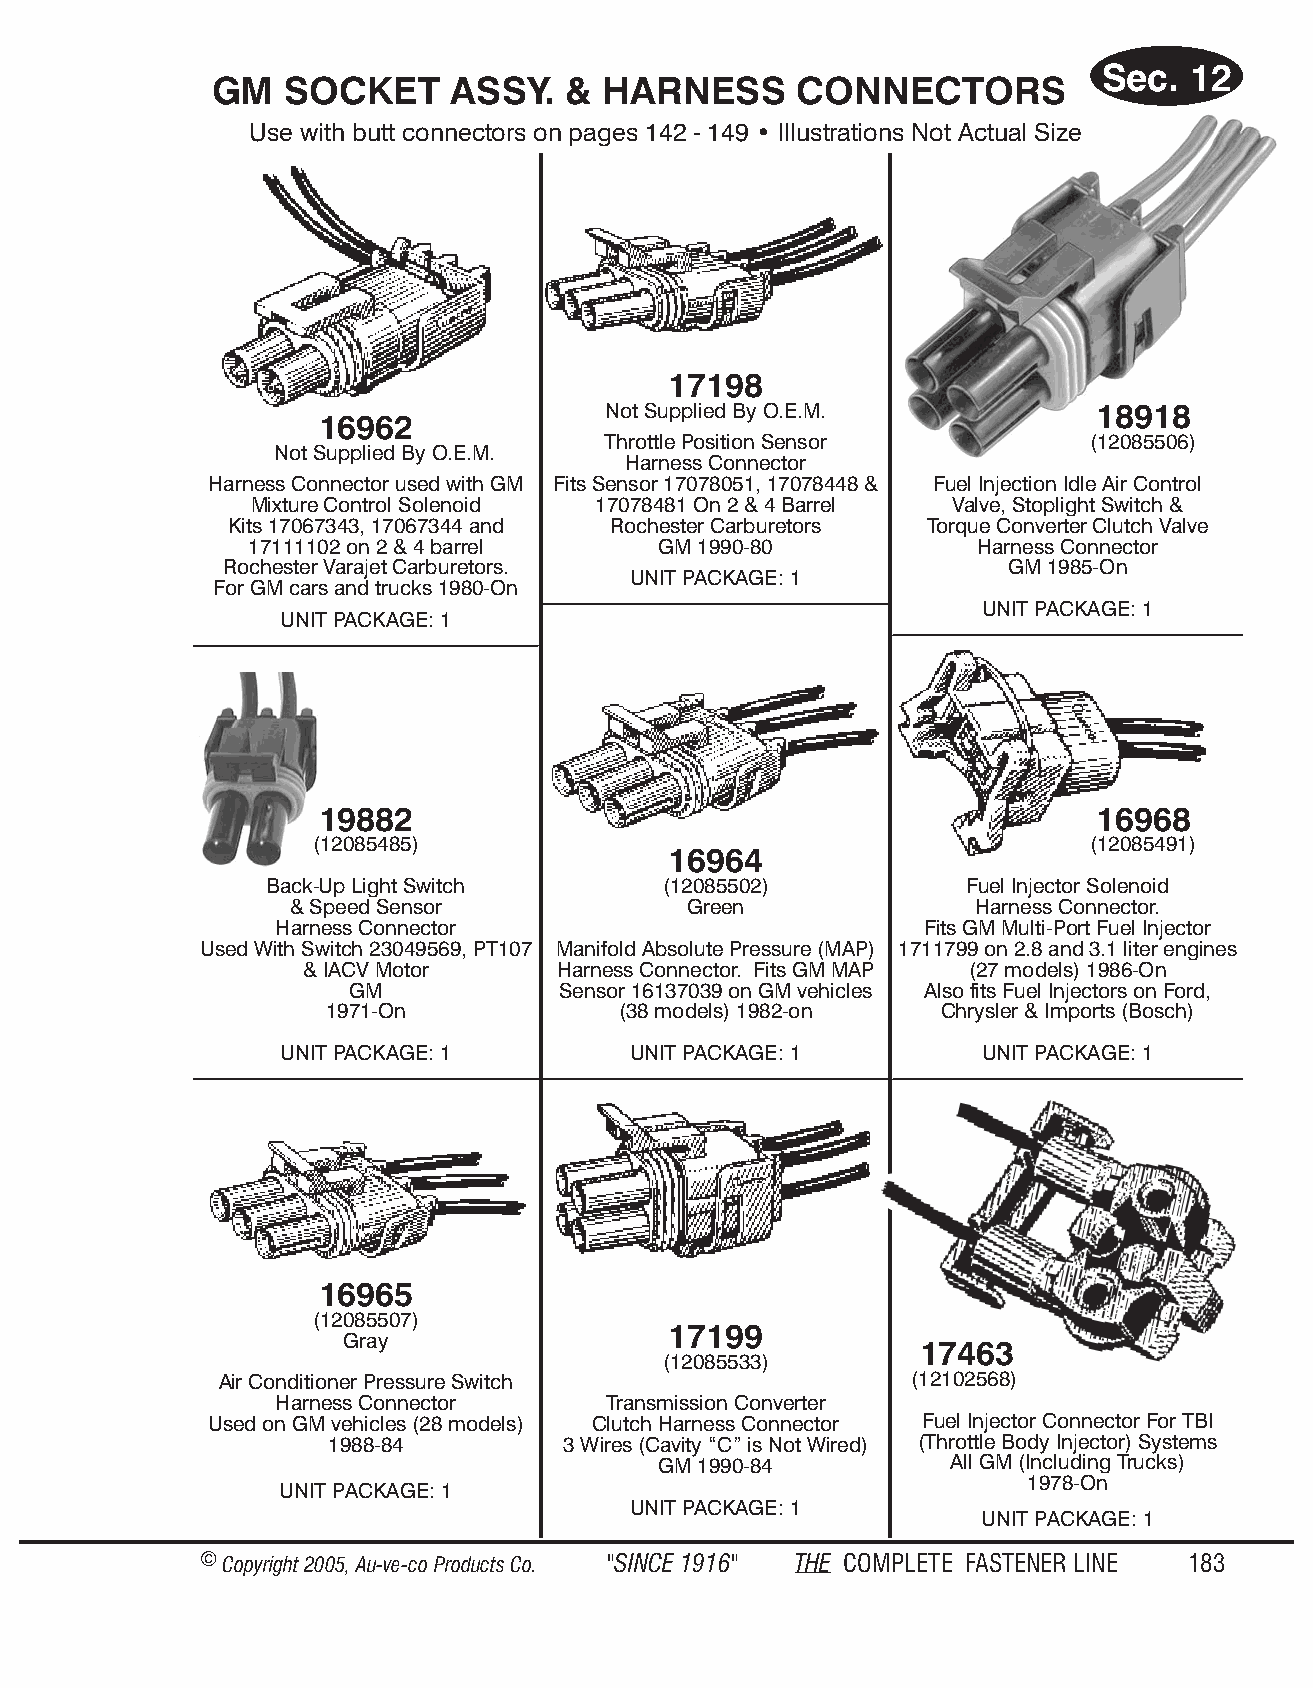
Sec.  12
 GM   SOCKET     ASSY.   & HAR  NESS    CON   NEC  TORS
 Use with butt con nec tors on pages 142 - 149 • Il lus tra tions Not Ac tual Size
 17198
 Not Supplied By O.E.M.           18918
 16962
 Throttle Position Sensor        (12085506)
 Not Supplied By O.E.M.
 Harness Connector
 Harness Connector used with GM Fits Sensor 17078051, 17078448 & Fuel Injection Idle Air Control
 Mixture Control Solenoid 17078481 On 2 & 4 Barrel Valve, Stoplight Switch &
 Kits 17067343, 17067344 and Rochester Carburetors Torque Converter Clutch Valve
 17111102 on 2 & 4 barrel   GM 1990-80           Harness Connector
 Rochester Varajet Carburetors.                      GM 1985-On
 UNIT PACKAGE: 1
 For GM cars and trucks 1980-On
 UNIT PACKAGE: 1
 UNIT PACKAGE: 1
 19882                                               16968
 (12085485)                                         (12085491)
 16964
 Back-Up Light Switch      (12085502)          Fuel Injector Solenoid
 & Speed Sensor             Green              Harness Connector.
 Harness Connector                          Fits GM Multi-Port Fuel Injector
 Used With Switch 23049569, PT107 Manifold Absolute Pressure (MAP) 1711799 on 2.8 and 3.1 liter engines
 & IACV Motor     Harness Connector. Fits GM MAP (27 models) 1986-On
 GM            Sensor 16137039 on GM vehicles Also fits Fuel Injectors on Ford,
 1971-On            (38 models) 1982-on   Chrysler & Imports (Bosch)
 UNIT PACKAGE: 1        UNIT PACKAGE: 1        UNIT PACKAGE: 1
 16965
 (12085507)
 17199
 Gray
 17463
 (12085533)
 Air Conditioner Pressure Switch               (12102568)
 Harness Connector     Transmission Converter
 Used on GM vehicles (28 models) Clutch Harness Connector Fuel Injector Connector For TBI
 1988-84         3 Wires (Cavity “C” is Not Wired) (Throttle Body Injector) Systems
 GM 1990-84         All GM (Including Trucks)
 1978-On
 UNIT PACKAGE: 1
 UNIT PACKAGE: 1
 UNIT PACKAGE: 1
 © Copyr ight 2005, Au-ve-co Produ cts Co. "SINCE 1916" THE COM PLETE FAST ENER LINE 183